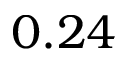
0 . 2 4